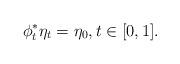
LaTeX: \begin{align*}\phi_t^* \eta_t = \eta_0, t\in [0,1].\end{align*}